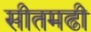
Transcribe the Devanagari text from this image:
सीतमढी